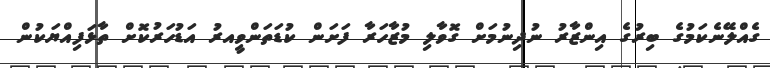
ގެއްލޭނެކަމުގެ ބިރުގެ އިންޒާރު ނުދިނުމަށް ގޮވާލި މުޒާހަރާ ފަށަން ކުޑަތަންވީއރު އަޑުހަރުކޮށް ތާޅަފިއްޔަކުން